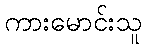
ကားမောင်းသူ